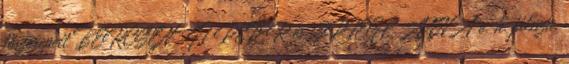
főszerepeit BERCSÉNYI PÉTER és SPIEGL ANNA e. h. játssza,